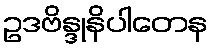
ဥဒဗိန္ဒုနိပါတေန